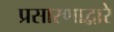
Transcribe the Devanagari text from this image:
प्रसारणाद्वारे